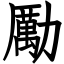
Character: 勵